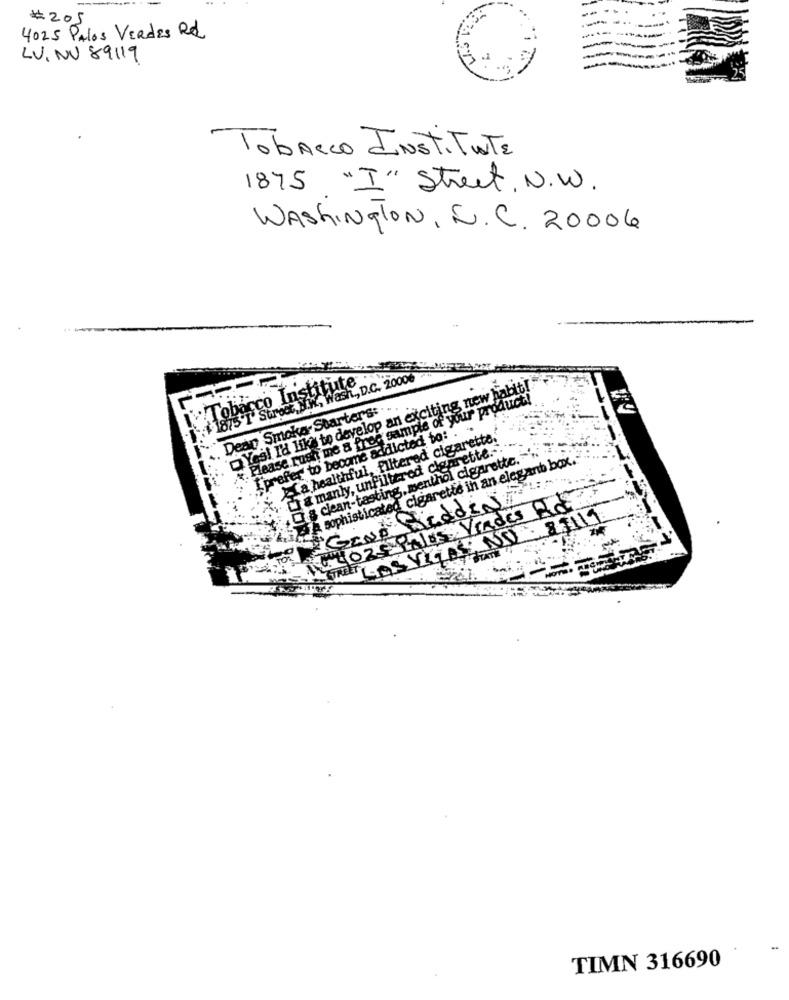
#205
4025 Palos Verdes Rd
LV, NV 89119
Tobacco INSTITUTE
1875 "I" Street, N.W.
WASHINGTON, S. C. 20006
!Tobacco Institute
9 875 I Street NW, Wash ., D.C. 20006
`Yes! I'd like to develop an exciting new habit!"
Please rush me a free sample of your product!
Dean Smoker Starters :..
Iprefer to become addicted to: .
XLa healthful, filtered cigarette.
manly, unfiltered cigarette ...
D & clean-tasting, menthol cigarette. .. ..
4 A sophisticated cigarette in an elegant box.
A.P
GANA MedDIN
MIGLIORE PALOS Verdes Ad
THEY LASVEGAS NO . 81119
TIMN 316690